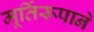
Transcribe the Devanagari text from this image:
मूर्तिरूपाने